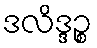
ဒလိဒ္ဒဉ္စ